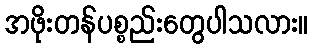
အဖိုးတန်ပစ္စည်းတွေပါသလား။